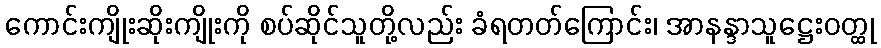
ကောင်းကျိုးဆိုးကျိုးကို စပ်ဆိုင်သူတို့လည်း ခံရတတ်ကြောင်း၊ အာနန္ဒာသူဋ္ဌေးဝတ္ထု